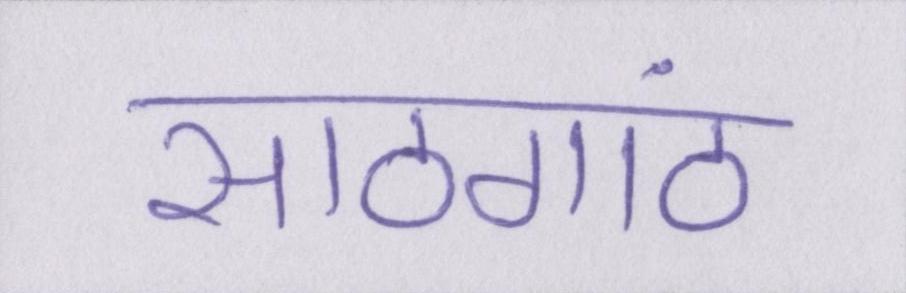
साठगांठ